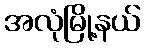
အလုံမြို့နယ်